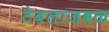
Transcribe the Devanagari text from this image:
टेबलाजवळ